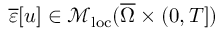
\overline { \varepsilon } [ u ] \in \mathcal { M } _ { \mathrm { l o c } } ( \overline { \Omega } \times ( 0 , T ] )